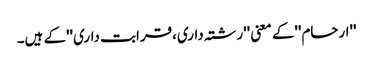
''ارحام''کے معنی ''رشتہ داری،قرابت داری''کے ہیں۔